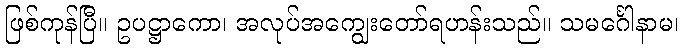
ဖြစ်ကုန်ပြီ။ ဥပဋ္ဌာကော၊ အလုပ်အကျွေးတော်ရဟန်းသည်။ သမင်္ဂေါနာမ၊